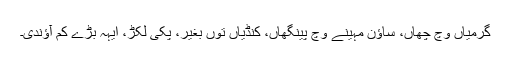
گرمیاں وچ چھاں، ساؤن مہینے وچ پینگھاں، کنڈیاں توں بغیر، پکی لکڑ، ایہہ بڑے کم آؤندی۔